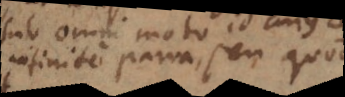
infinite parva, seu quod